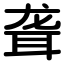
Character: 聋